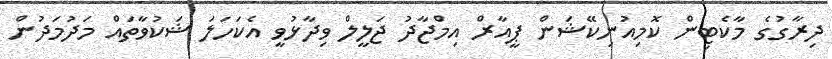
ދިރާގުގެ މާކެޓިން ކޮމިއުނިކޭޝަން ޕީއާރް އިމްޖާދު ޖަލީލް ވިދާޅުވީ އެކަހަލަ ޝަކުވާތައް މަދުމަދުން